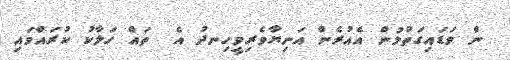
ން ވަޑައިގަތުމުން އެއުރެން އަނިޔާވެރިވީހިނދު އެ  ތައް ހަލާކު ކުރައްވައި